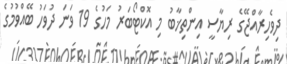
ދިވެހިރާއްޖޭގެ ރިޔާސީ އިންތިޚާބު މި އޮކްޓޯބަރު މަހުގެ 19 ވަނަ ދުވަހު ބޭއްވުމުގެ